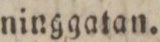
ninggatan.